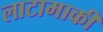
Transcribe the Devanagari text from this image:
लाटामाकी